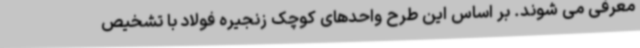
معرفی می شوند. بر اساس این طرح واحدهای کوچک زنجیره فولاد با تشخیص